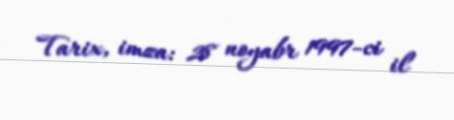
Tarix, imza: 28 noyabr 1997-ci il